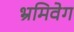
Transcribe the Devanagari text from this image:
भ्रमिवेग